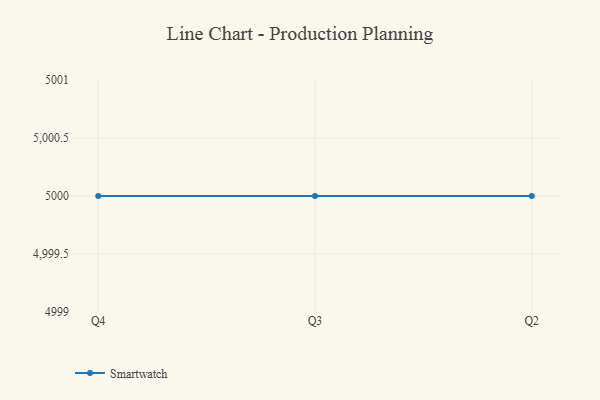
{"axis": {"x": "Quarter", "y": "Population (Million)"}, "legend": ["Smartwatch"], "data": [{"x": "Q4", "y": 5000, "type": "Smartwatch"}, {"x": "Q3", "y": 5000, "type": "Smartwatch"}, {"x": "Q2", "y": 5000, "type": "Smartwatch"}]}